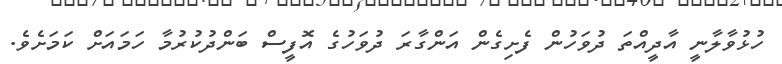
ހުޅުވާލާނީ އާދީއްތަ ދުވަހުން ފެށިގެން އަންގާރަ ދުވަހުގެ އޮފީސް ބަންދުކުރުމާ ހަމައަށް ކަމަށެވެ.